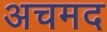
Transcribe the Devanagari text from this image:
अचमद